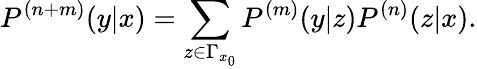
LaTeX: P^{(n+m)}(y|x)=\sum_{z\in\Gamma_{x_{0}}}P^{(m)}(y|z)P^{(n)}(z|x).